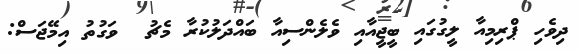
ދިވެހި ޕްރިމިއާ ލީގުގައި ބީޖީއާއި ވެލެންސިއާ ބައްދަލުކުރާ މެޗު  ވަގުތު އިމޭޖަސް: